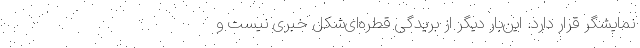
نمایشگر قرار دارد. این‌بار دیگر از بریدگی قطره‌ای‌شکل خبری نیست و